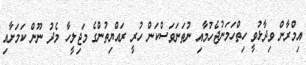
އިމްރާން ވިދާޅުވީ ހިތްހަމަނުޖެހުމާއި ނުތަނަވަސްކަން ހުރީ ރައްޔިތުންގެ މަޖިލީހާ މެދު ނޫން ކަމަށާއި